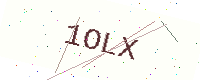
Text: 1OLX